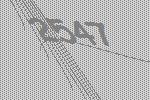
2547